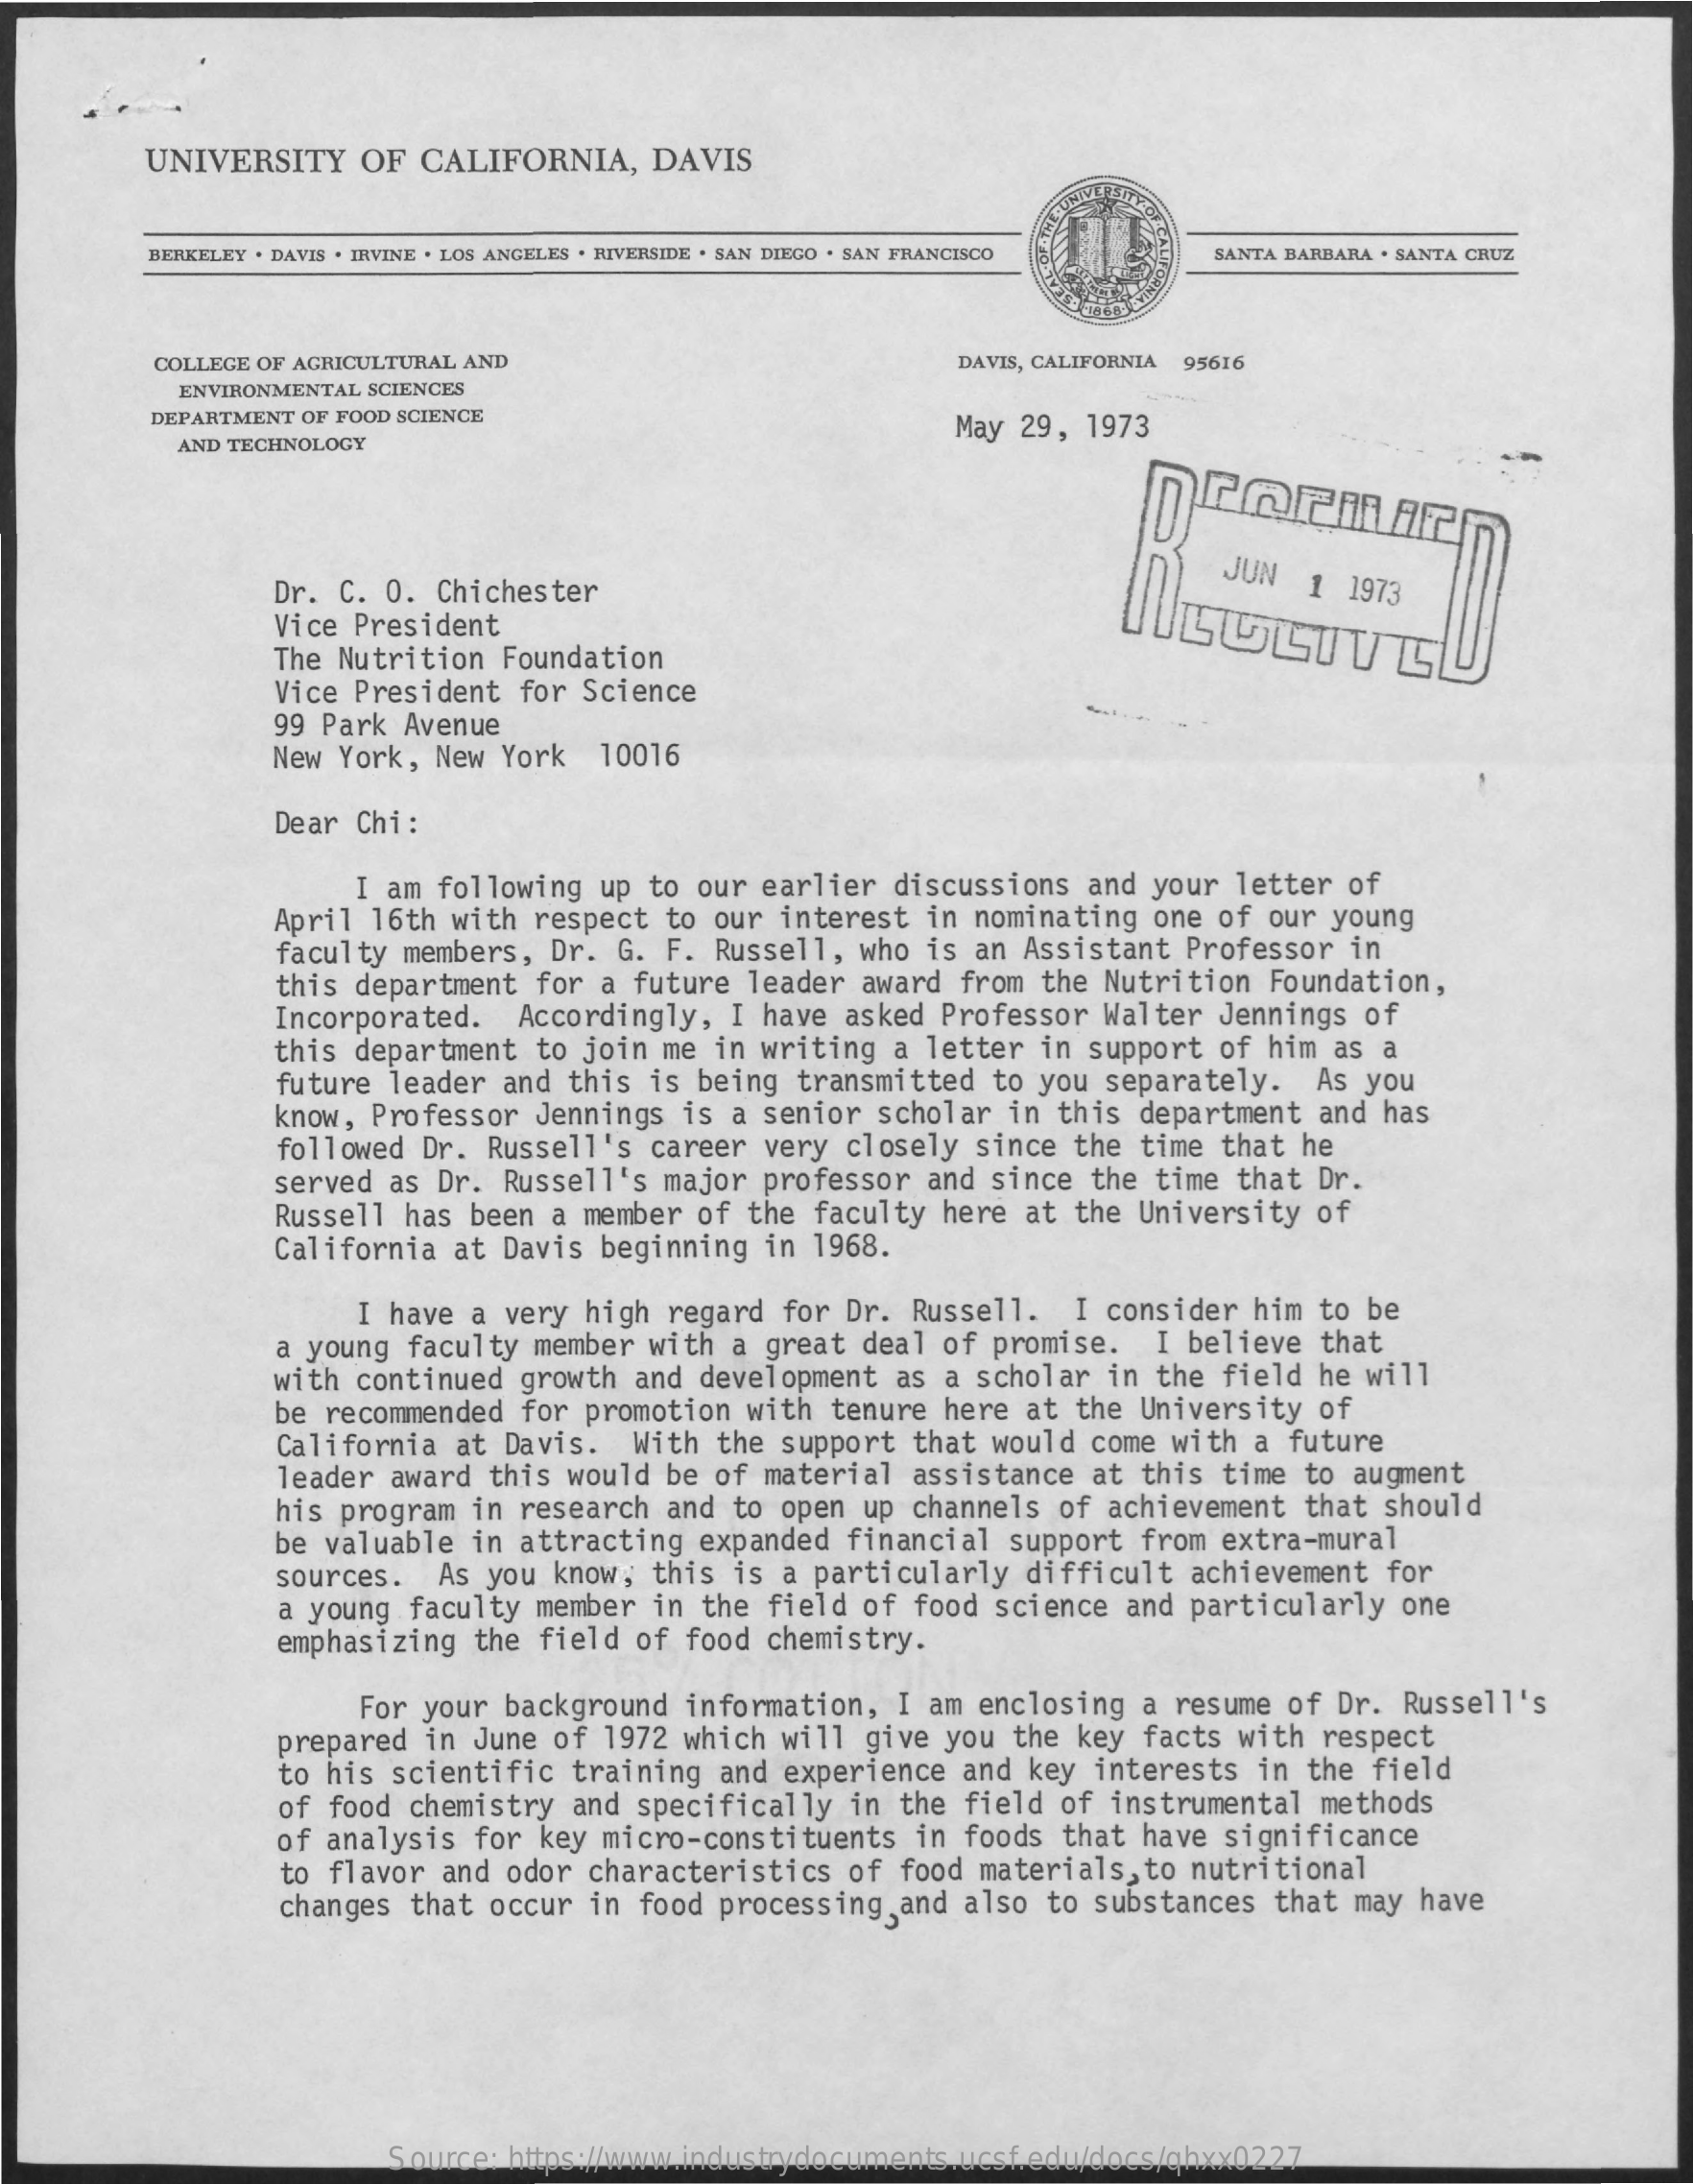
UNIVERSITY   OF CALIFORNIA,    DAVIS
     BERKELEY . DAVIS . IRVINE . LOS ANGELES . RIVERSIDE . SAN DIEGO . SAN FRANCISCO SANTA BARBARA . SANTA CRUZ
     COLLEGE OF AGRICULTURAL AND    DAVIS, CALIFORNIA 95616
     ENVIRONMENTAL SCIENCES
     DEPARTMENT OF FOOD SCIENCE
     AND TECHNOLOGY
     May 29, 1973
     Dr. C. O. Chichester
     JUN  1  1973
     Vice President    LUSITG
     The Nutrition Foundation
     Vice President for Science
     99 Park Avenue
     New York, New  York  10016
     Dear Chi:
     I am following up to our earlier discussions and your  letter of
     April 16th with respect to our interest in nominating  one of our young
     faculty members, Dr. G. F. Russell, who is an Assistant  Professor in
     this department for a future leader award  from the Nutrition Foundation,
     Incorporated.  Accordingly, I have asked Professor Walter  Jennings of
     this department to join me in writing a letter  in support of him as a
     future leader and this is being transmitted  to you separately.  As you
     know, Professor Jennings is a senior scholar  in this department and has
     followed Dr. Russell's career very closely  since the time that he
     served as Dr. Russell's major professor and  since the time that Dr.
     Russell has been  a member of the faculty here  at the University of
     California at Davis beginning in 1968.
     I have a very high regard for Dr. Russell.   I consider him to be
     a young faculty member with a great deal of  promise.  I believe that
     with continued growth and development as  a scholar in the field he will
     be recommended for promotion with  tenure here at the University of
     California at Davis.  With the support  that would come with a future
     leader award this would be of material  assistance at this time to augment
     his program in research and to open up  channels of achievement that should
     be valuable in attracting expanded financial  support from extra-mural
     sources.  As you know, this is a particularly  difficult achievement for
     a young faculty member in the field of  food science and particularly one
     emphasizing the field of food chemistry.
     For your background information,  I am enclosing a resume of Dr. Russell's
     prepared in June of 1972 which will give you  the key facts with respect
     to his scientific training and experience  and key interests in the  field
     of food chemistry and specifically  in the field of instrumental methods
     of analysis for key micro-constituents  in foods that have significance
     to flavor and odor characteristics of  food materials, to nutritional
     changes that occur in food processing  and also to substances that may have
     Source: https://www.industrydocuments.ucsf.edu/docs/qhxx0227